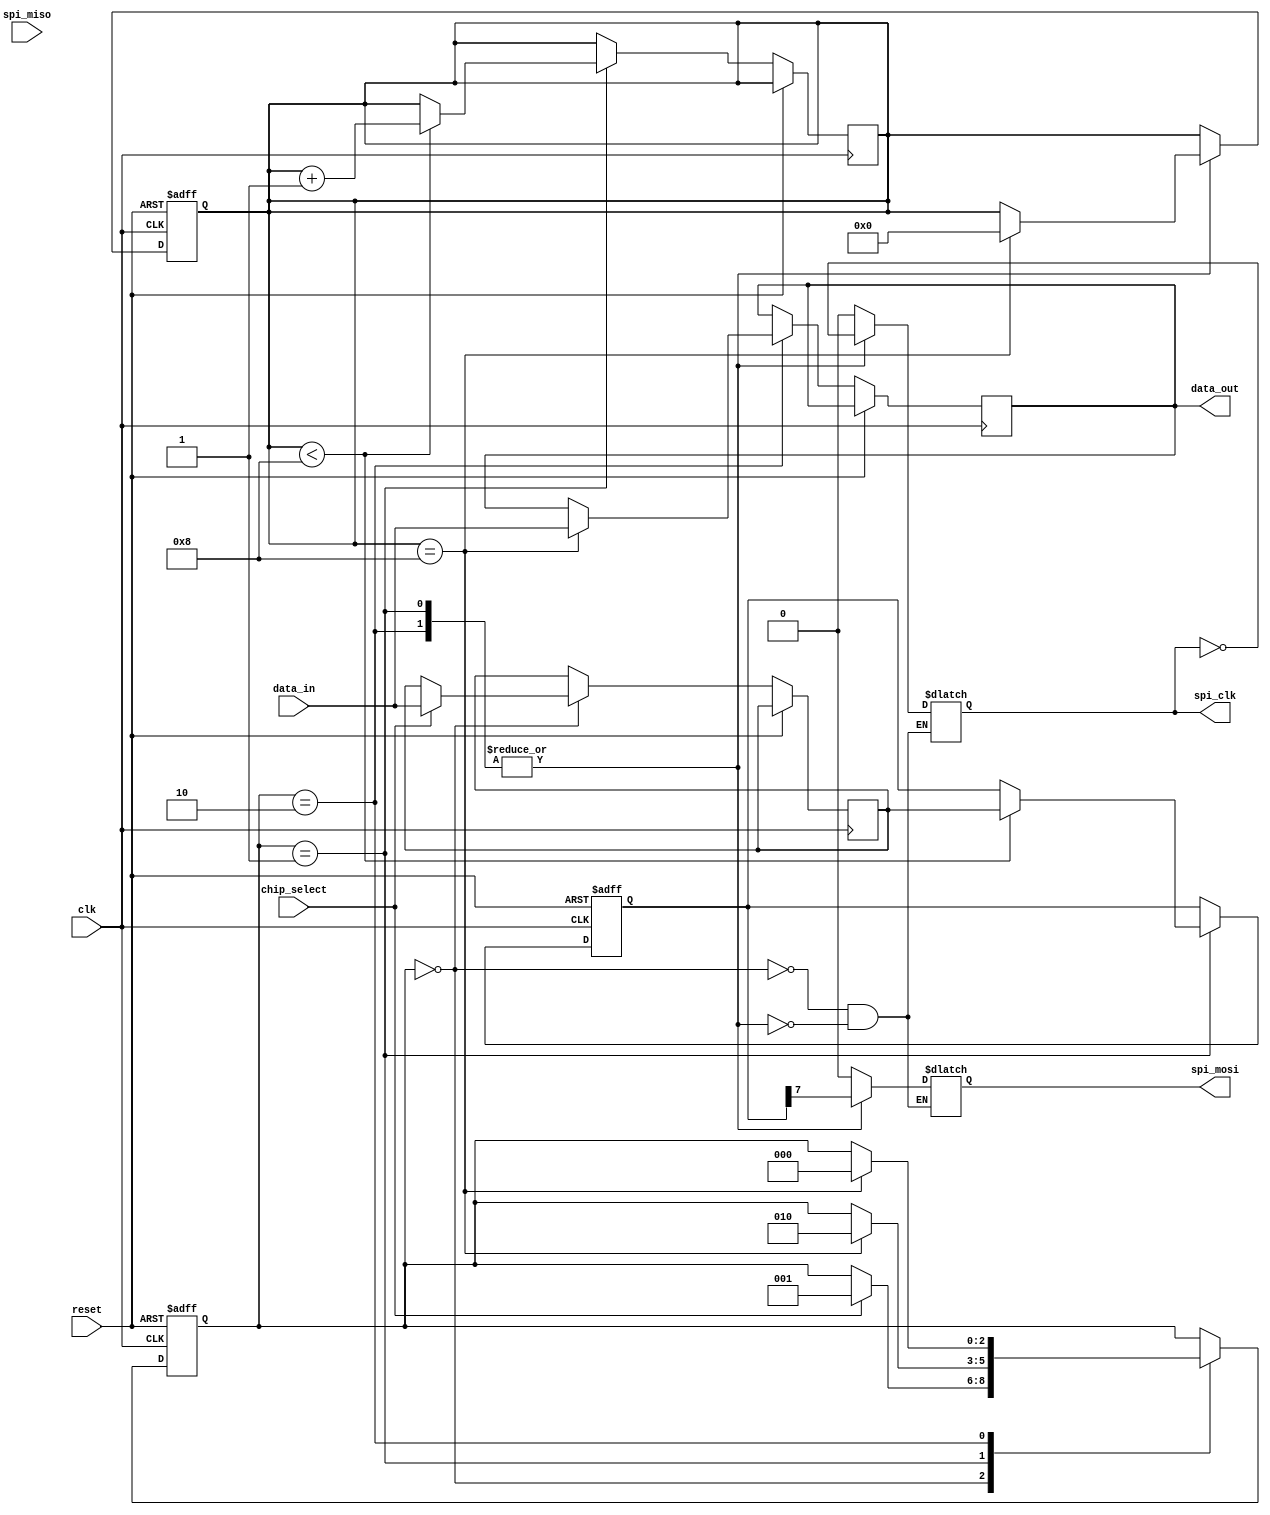
module spi_master (
  input wire clk,
  input wire reset,
  input wire chip_select,
  input wire [7:0] data_in,
  output reg [7:0] data_out,
  output reg spi_clk,
  output reg spi_mosi,
  input wire spi_miso
);

// Shift register for sending data bits serially
reg [7:0] shift_reg;
reg [3:0] data_counter;

// Control logic for generating clock and chip select signals
reg [7:0] data_out_reg;
reg chip_select_reg;

// State machine for managing data transfer protocol
reg [2:0] state;
parameter IDLE = 3'b000;
parameter SEND = 3'b001;
parameter RECEIVE = 3'b010;

// Configurable settings
parameter DATA_WIDTH = 8;
parameter CLK_FREQUENCY = 1000000; // 1 MHz clock frequency
parameter CPOL = 0;
parameter CPHA = 0;

always @(posedge clk or posedge reset) begin
  if (reset)
    shift_reg <= 8'b0;
  else begin
    // Shift register for sending data bits serially
    if (state == SEND) begin
      if (data_counter < DATA_WIDTH) begin
        shift_reg <= {shift_reg[6:0], data_out_reg[7:0]};
        data_counter <= data_counter + 1;
      end
    end
  end
end

// Control logic for generating clock and chip select signals
always @* begin
  case(state)
    IDLE: begin
      spi_clk = 0;
      spi_mosi = 0;
      chip_select_reg = 0;
    end
    SEND, RECEIVE: begin
      spi_clk <= ~spi_clk;
      spi_mosi <= shift_reg[7];
      chip_select_reg = chip_select;
    end
  endcase
end

// State machine for managing data transfer protocol
always @(posedge clk or posedge reset) begin
  if (reset) begin
    state <= IDLE;
    data_counter <= 0;
  end
  else begin
    case(state)
      IDLE: begin
        if (chip_select) begin
          state <= SEND;
          data_out_reg <= data_in;
        end
      end
      SEND: begin
        if (data_counter == DATA_WIDTH) begin
          state <= RECEIVE;
          data_counter <= 0;
        end
      end
      RECEIVE: begin
        if (data_counter == DATA_WIDTH) begin
          state <= IDLE;
          data_out <= data_in;
          data_counter <= 0;
        end
      end
    endcase
  end
end

endmodule